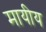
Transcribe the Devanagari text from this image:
मायीय